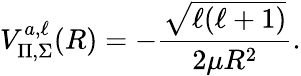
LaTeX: V_{\Pi,\Sigma}^{a,\ell}(R)=-\frac{\sqrt{\ell(\ell+1)}}{2\mu R^{2}}.